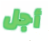
أجل